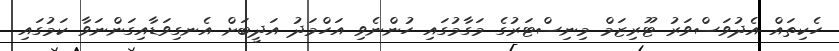
ހެކިތައް އެދުވަސްވަރު ޓޫރިޒަމް މިނިސްޓަރުގެ މަގާމުގައި ހުންނެވި އަހްމަދު އަދީބަށް އެނގިވަޑާއިގަންނަވާ ކަމުގައި